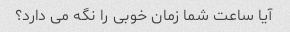
آیا ساعت شما زمان خوبی را نگه می دارد؟